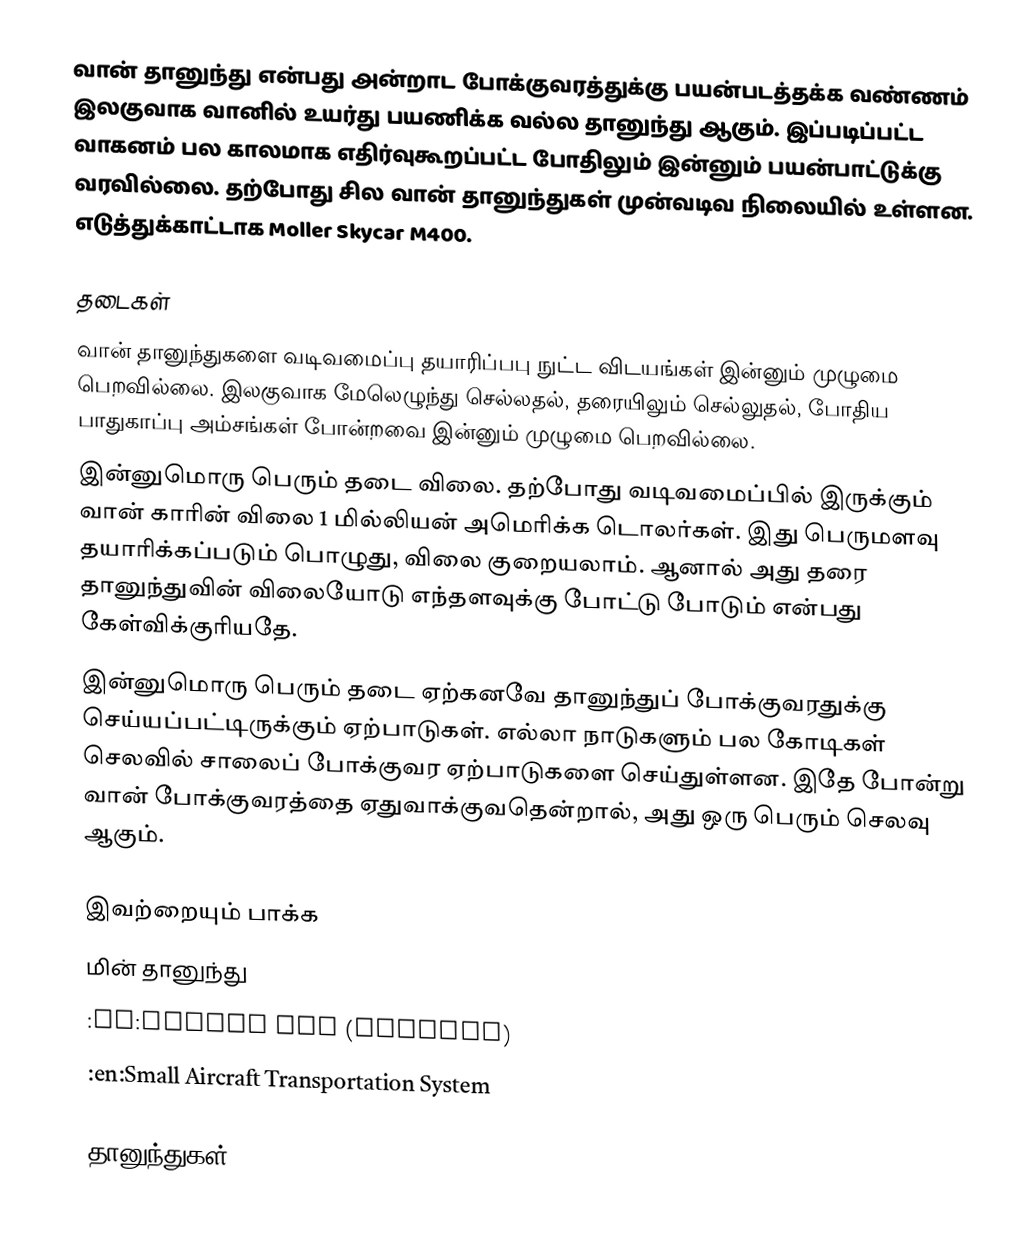
வான் தானுந்து என்பது அன்றாட போக்குவரத்துக்கு பயன்படத்தக்க வண்ணம் இலகுவாக வானில் உயர்து பயணிக்க வல்ல தானுந்து ஆகும்.  இப்படிப்பட்ட வாகனம் பல காலமாக எதிர்வுகூறப்பட்ட போதிலும் இன்னும் பயன்பாட்டுக்கு வரவில்லை.  தற்போது சில வான் தானுந்துகள் முன்வடிவ நிலையில் உள்ளன.  எடுத்துக்காட்டாக Moller Skycar M400.

தடைகள்
 வான் தானுந்துகளை வடிவமைப்பு தயாரிப்பபு நுட்ட விடயங்கள் இன்னும் முழுமை பெறவில்லை.  இலகுவாக மேலெழுந்து செல்லதல், தரையிலும் செல்லுதல், போதிய பாதுகாப்பு அம்சங்கள் போன்றவை இன்னும் முழுமை பெறவில்லை.
 இன்னுமொரு பெரும் தடை விலை.  தற்போது வடிவமைப்பில் இருக்கும் வான் காரின் விலை 1 மில்லியன் அமெரிக்க டொலர்கள்.  இது பெருமளவு தயாரிக்கப்படும் பொழுது, விலை குறையலாம்.  ஆனால் அது தரை தானுந்துவின் விலையோடு எந்தளவுக்கு போட்டு போடும் என்பது கேள்விக்குரியதே.
 இன்னுமொரு பெரும் தடை ஏற்கனவே தானுந்துப் போக்குவரதுக்கு செய்யப்பட்டிருக்கும் ஏற்பாடுகள்.  எல்லா நாடுகளும் பல கோடிகள் செலவில் சாலைப் போக்குவர ஏற்பாடுகளை செய்துள்ளன.  இதே போன்று வான் போக்குவரத்தை ஏதுவாக்குவதென்றால், அது ஒரு பெரும் செலவு ஆகும்.

இவற்றையும் பாக்க
 மின் தானுந்து
 :en:Flying car (fiction)
 :en:Small Aircraft Transportation System

தானுந்துகள்